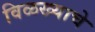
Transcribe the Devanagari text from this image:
विळख्याचे